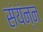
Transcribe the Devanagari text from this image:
संयंन्न